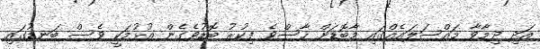
އަދި ދިމާވާ މައްސަލައެއްގައި މާބޮޑަށް ހާސްވެ ފިކުރު ބޮޑުވެގެން އުޅުމަކީ ވެސް ބަނޑުގައި